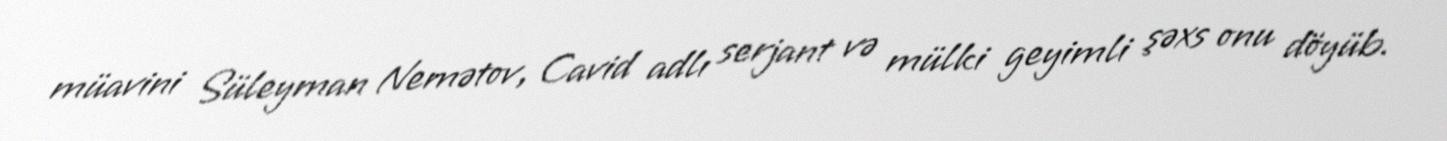
müavini Süleyman Nemətov, Cavid adlı serjant və mülki geyimli şəxs onu döyüb.